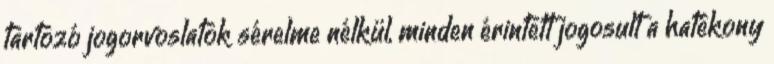
tartozó jogorvoslatok sérelme nélkül, minden érintett jogosult a hatékony